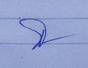
Signature authenticity: genuine